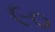
૯૦